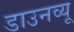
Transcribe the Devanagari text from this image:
डाउनव्यू